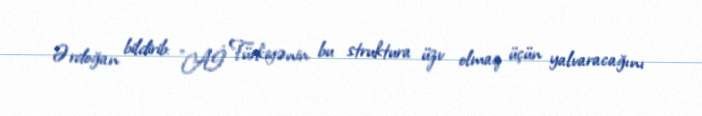
Ərdoğan bildirib: "Aİ Türkiyənin bu struktura üzv olmaq üçün yalvaracağını